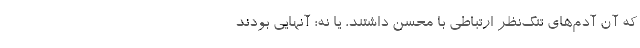
که آن آدم‌های تنگ‌نظر ارتباطی با محسن داشتند، یا نه؛ آنهایی بودند